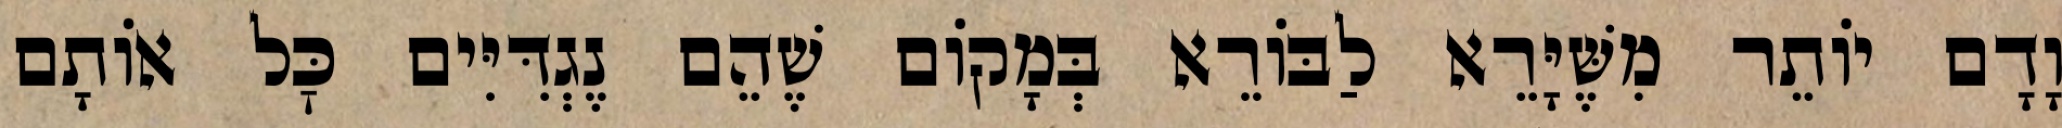
וָדָם יוֹתֵר מִשֶּׁיָּרֵא לַבּוֹרֵא בְּמָקוֹם שֶׁהֵם נֶגְדִּיִּים כׇּל אוֹתָם